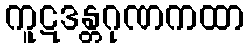
ကူဋဒန္တဂုဏကထာ